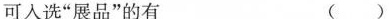
可入选”展品”的有 ( )